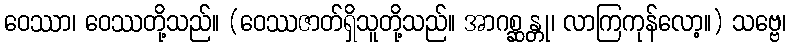
ဝေဿာ၊ ဝေဿတို့သည်။ (ဝေဿဇာတ်ရှိသူတို့သည်။ အာဂစ္ဆန္တု၊ လာကြကုန်လော့။) သဗ္ဗေ၊